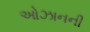
ઓઝાનની